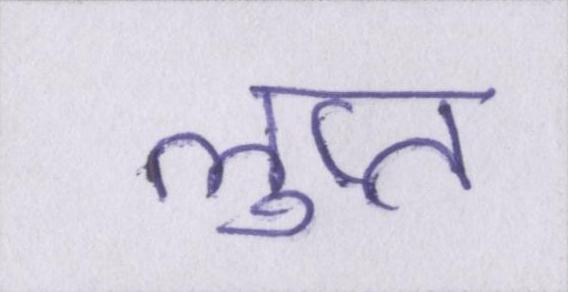
लुप्त